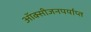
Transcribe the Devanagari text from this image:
ऑक्सीजनपर्याप्त